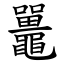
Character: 鼉